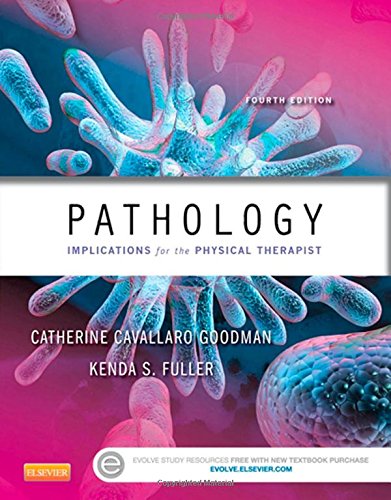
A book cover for Pathology: Implications for the Physical Therapist, 4e; Catherine C. Goodman MBA  PT  CBP; Medical Books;